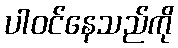
ပါဝင်နေသည်ကို